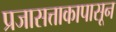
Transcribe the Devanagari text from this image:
प्रजासत्ताकापासून